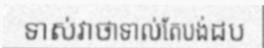
ទាស់វាថាទាល់តែបង់ដប